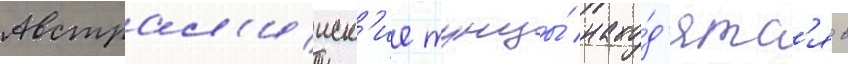
Австрал'ииск'ие тунцы́ нахо́д'ятс'я в